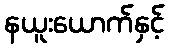
နယူးယောက်နှင့်